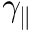
\gamma _ { \parallel }